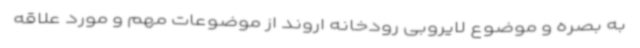
به بصره و موضوع لایروبی رودخانه اروند از موضوعات مهم و مورد علاقه